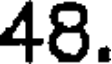
48.